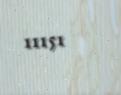
11151